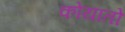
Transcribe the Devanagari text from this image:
कोयातो